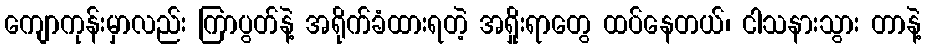
ကျောကုန်းမှာလည်း ကြာပွတ်နဲ့ အရိုက်ခံထားရတဲ့ အရှိုးရာတွေ ထပ်နေတယ်၊ ငါသနားသွား တာနဲ့